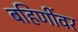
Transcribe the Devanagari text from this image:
बहिणींवर